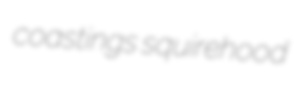
coastings squirehood